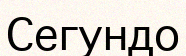
Сегундо